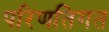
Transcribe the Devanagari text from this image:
परिणतिगत